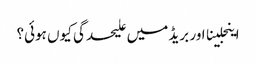
اینجلینا اور بریڈ میں علیحدگی کیوں ہوئی؟